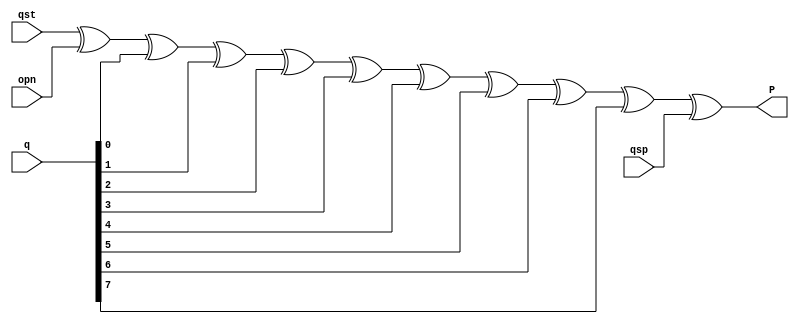
//Serial Reception System
//Parity


module SRSystem_Parity(qst,q,opn,qsp,P);
input wire qst,opn,qsp;
input wire [7:0] q;
output wire P;


assign P=qst^opn^q[0]^q[1]^q[2]^q[3]^q[4]^q[5]^q[6]^q[7]^qsp;


endmodule